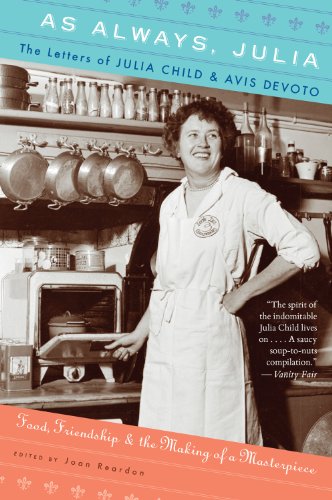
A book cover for As Always, Julia: The Letters of Julia Child and Avis DeVoto; Joan Reardon; Literature & Fiction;